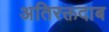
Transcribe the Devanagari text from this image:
अतिरक्तदाब